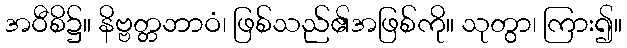
အဝီစိ၌။ နိဗ္ဗတ္တဘာဝံ၊ ဖြစ်သည်၏အဖြစ်ကို။ သုတွာ၊ ကြား၍။